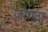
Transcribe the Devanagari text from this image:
जोगदा